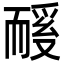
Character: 𬚏